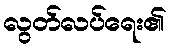
လွတ်လပ်ရေး၏